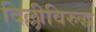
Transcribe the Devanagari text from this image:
दिल्लीविरुद्ध